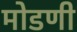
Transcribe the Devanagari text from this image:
मोडणी